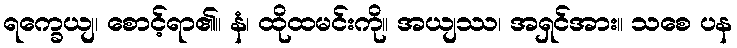
ရက္ခေယျ၊ စောင့်ရာ၏။ နံ၊ ထိုထမင်းကို။ အယျဿ၊ အရှင်အား။ သစေ ပန